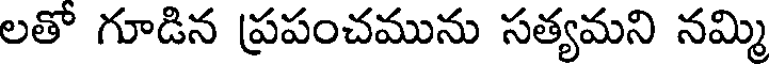
లతో గూడిన ప్రపంచమును సత్యమని నమ్మి